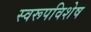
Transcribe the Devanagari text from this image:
स्वरूपविशेष